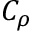
C _ { \rho }